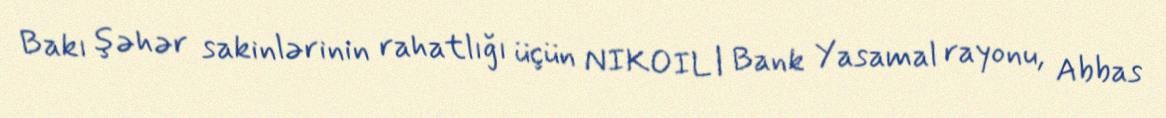
Bakı şəhər sakinlərinin rahatlığı üçün NIKOIL | Bank Yasamal rayonu, Abbas